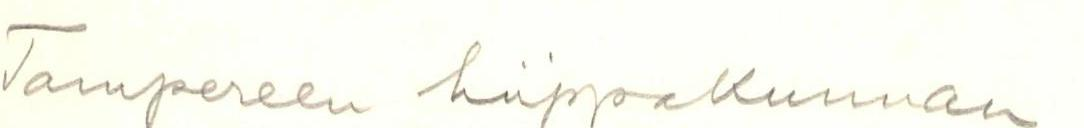
Tampereen hiippakunnan